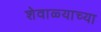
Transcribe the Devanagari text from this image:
शेवाळ्याच्या